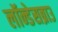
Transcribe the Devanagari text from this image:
लॉन्डेसब्राउ